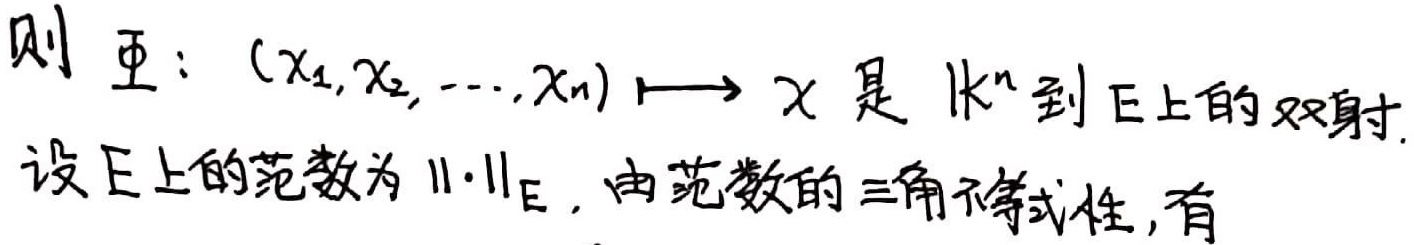
则 \(\varPhi:(x_1,x_2,\cdots,x_n)\longmapsto x\) 是 \(\mathbb{K}^n\) 到 \(E\) 上的双射。设 \(E\) 上的范数为 \(\|\cdot\|_E\)，由范数的三角不等式性，有